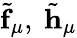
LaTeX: \tilde{\mathbf{f}}_{\mu},~\tilde{\mathbf{h}}_{\mu}